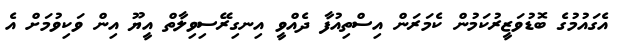
އެގައުމުގެ ބޮޑުވަޒީރުކަމުން ކެމަރަން އިސްތިއުފާ ދެއްވީ އިނގިރޭސިވިލާތް އީޔޫ އިން ވަކިވުމަށް އެ